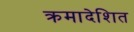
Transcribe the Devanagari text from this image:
क्रमादेशित